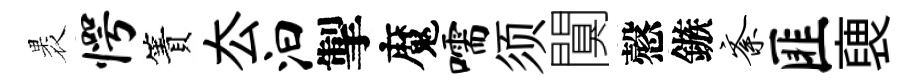
褁愕簀厺汩掣魔嚅须闃慤鏃紊匪褏